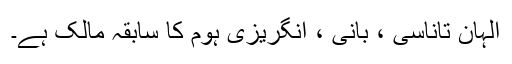
الہان ​​تاناسی ، بانی ، انگریزی ہوم کا سابقہ ​​مالک ہے۔